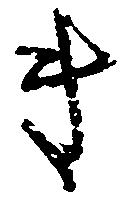
き